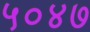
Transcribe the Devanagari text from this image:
५०४७